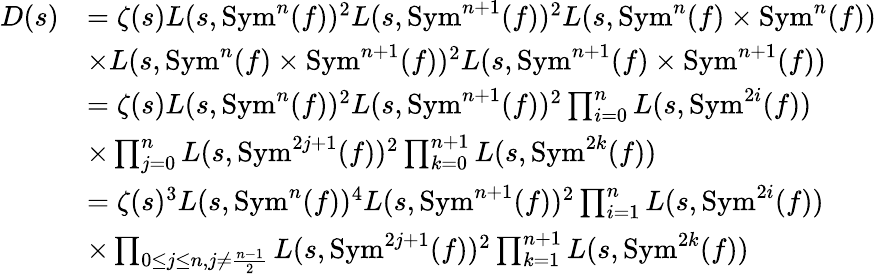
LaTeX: \begin{array}{rl}{D(s)}&{=\zeta(s)L(s,\mathrm{Sym}^{n}(f))^{2}L(s,\mathrm{Sym}^{n+1}(f))^{2}L(s,\mathrm{Sym}^{n}(f)\times\mathrm{Sym}^{n}(f))}\\ &{\times L(s,\mathrm{Sym}^{n}(f)\times\mathrm{Sym}^{n+1}(f))^{2}L(s,\mathrm{Sym}^{n+1}(f)\times\mathrm{Sym}^{n+1}(f))}\\ &{=\zeta(s)L(s,\mathrm{Sym}^{n}(f))^{2}L(s,\mathrm{Sym}^{n+1}(f))^{2}\prod_{i=0}^{n}L(s,\mathrm{Sym}^{2i}(f))}\\ &{\times\prod_{j=0}^{n}L(s,\mathrm{Sym}^{2j+1}(f))^{2}\prod_{k=0}^{n+1}L(s,\mathrm{Sym}^{2k}(f))}\\ &{=\zeta(s)^{3}L(s,\mathrm{Sym}^{n}(f))^{4}L(s,\mathrm{Sym}^{n+1}(f))^{2}\prod_{i=1}^{n}L(s,\mathrm{Sym}^{2i}(f))}\\ &{\times\prod_{0\leq j\leq n,j\neq\frac{n-1}{2}}L(s,\mathrm{Sym}^{2j+1}(f))^{2}\prod_{k=1}^{n+1}L(s,\mathrm{Sym}^{2k}(f))}\end{array}